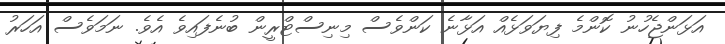
އަޅަންޖެހުނު ކޮންމެ ފިޔަވަޅެއް އަޅާނެ ކަންވެސް މިނިސްޓްރީން ބުނެފައިވެ އެވެ. ނަަމަވެސް އަހަރު